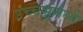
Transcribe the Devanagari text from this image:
उच्चभ्रूंमध्ये